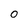
Character: 0